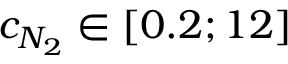
c _ { N _ { 2 } } \in { } [ 0 . 2 ; 1 2 ] \